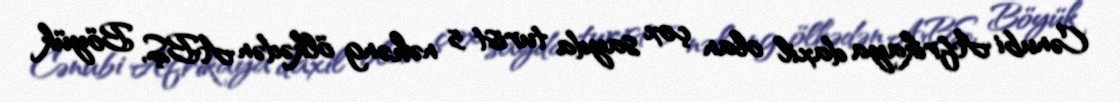
Cənubi Afrikaya daxil olan çox sayda turist 5 nəhəng ölkədən ABŞ, Böyük